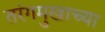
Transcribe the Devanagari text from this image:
तरंगमुखाच्या